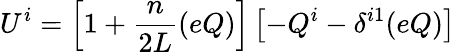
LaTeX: U^{i}=\left[1+\frac{n}{2L}(eQ)\right]\left[-Q^{i}-\delta^{i1}(eQ)\right]